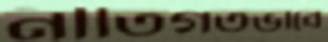
নীতিগতভাবে